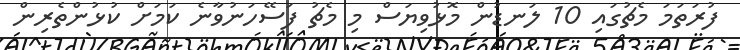
ފުރަތަމަ މެޗުގައި 10 ލަނޑުން މޮޅުވިޔަސް މި މެޗު ފަސޭހަނުވާނެ ކަމަށް ކުޅުންތެރިން